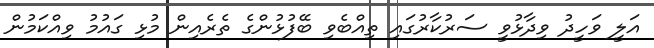
އަލީ ވަހީދު ވިދާޅުވީ ސަރުކާރުގައި ތިއްބެވި ބޭފުޅުންގެ ތެރެއިން މުޅި ގައުމު ވިއްކަމުން